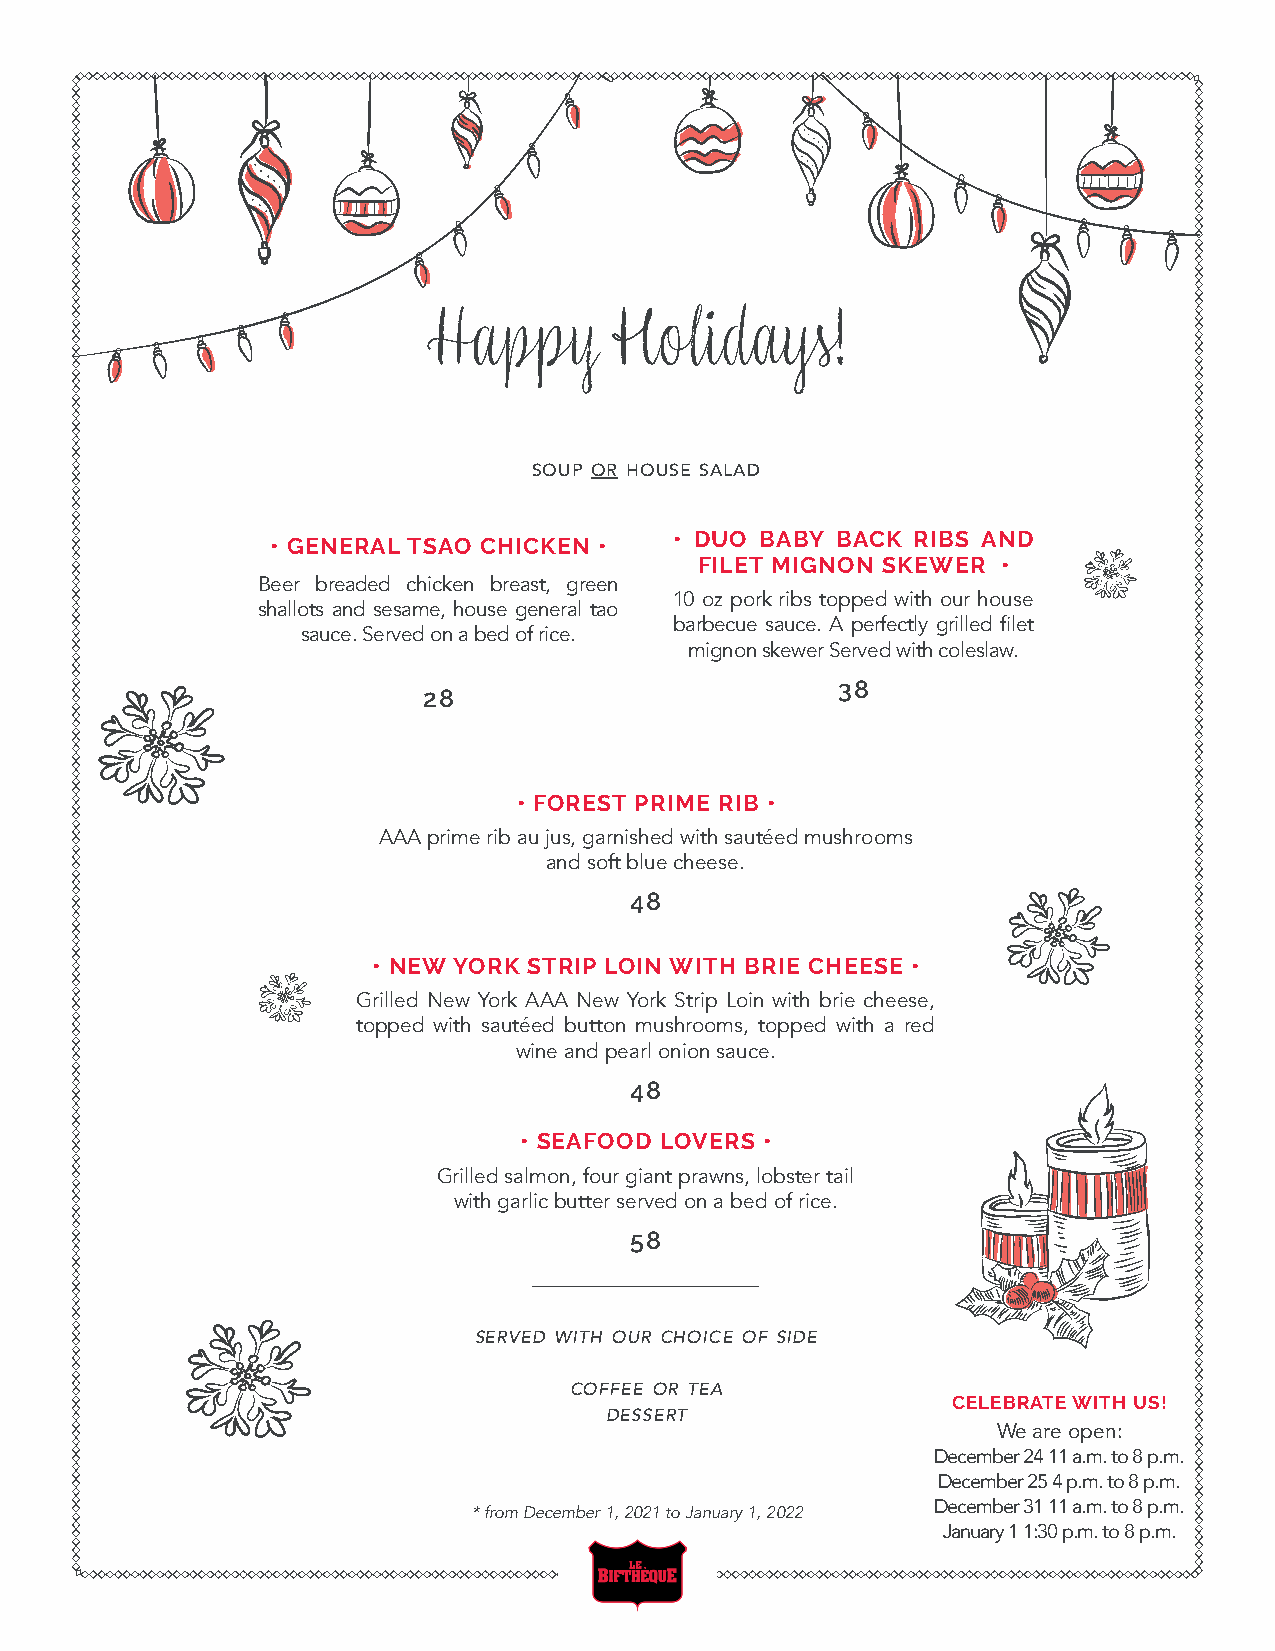
HHaappppyy  HHoolliiddaayyss!!
 soup or house salad
 • GENERAL TSAO CHICKEN •   • DUO BABY BACK RIBS AND
 FILET MIGNON SKEWER •
 Beer breaded chicken breast, green
 10 oz pork ribs topped with our house
 shallots and sesame, house general tao
 barbecue sauce. A perfectly grilled filet
 sauce. Served on a bed of rice.
 mignon skewer Served with coleslaw.
 38
 28
 • FOREST PRIME RIB •
 AAA prime rib au jus, garnished with sautéed mushrooms
 and soft blue cheese.
 48
 • NEW YORK STRIP LOIN WITH BRIE CHEESE •
 Grilled New York AAA New York Strip Loin with brie cheese,
 topped with sautéed button mushrooms, topped with a red
 wine and pearl onion sauce.
 48
 • SEAFOOD LOVERS •
 Grilled salmon, four giant prawns, lobster tail
 with garlic butter served on a bed of rice.
 58
 served with our choice of side
 coffee or tea
 CELEBRATE WITH US!
 dessert
 We are open:
 December 24 11 a.m. to 8 p.m.
 December 25 4 p.m. to 8 p.m.
 * from December 1, 2021 to January 1, 2022 December 31 11 a.m. to 8 p.m.
 January 1 1:30 p.m. to 8 p.m.